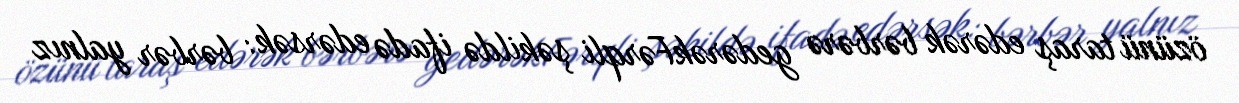
özünü taraş edərək bərbərə gedərəkFərqli şəkildə ifadə edərsək: bərbər yalnız